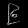
Digit: ၉